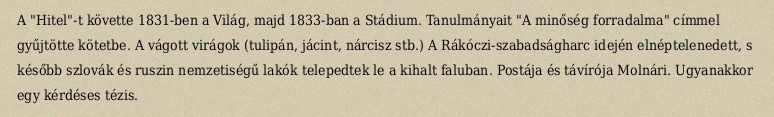
A "Hitel"-t követte 1831-ben a Világ, majd 1833-ban a Stádium. Tanulmányait "A minőség forradalma" címmel gyűjtötte kötetbe. A vágott virágok (tulipán, jácint, nárcisz stb.) A Rákóczi-szabadságharc idején elnéptelenedett, s később szlovák és ruszin nemzetiségű lakók telepedtek le a kihalt faluban. Postája és távírója Molnári. Ugyanakkor egy kérdéses tézis.